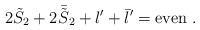
LaTeX: \begin{align*}2{\tilde S}_2 + 2{\bar{\tilde S}}_2 + l'+{\bar l}' = {\rm even}\ .\end{align*}